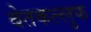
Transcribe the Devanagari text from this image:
बेतकल्लुफ